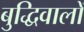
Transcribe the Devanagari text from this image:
बुद्धिवालों